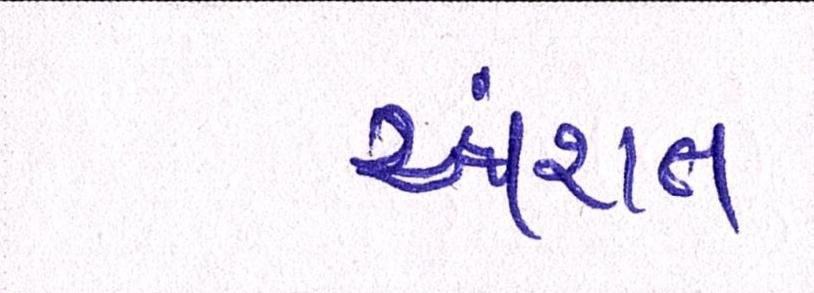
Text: અંશત